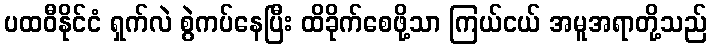
ပထဝီနိုင်ငံ ရှက်လဲ စွဲကပ်နေပြီး ထိခိုက်စေဖို့သာ ကြယ်ငယ် အမူအရာတို့သည်